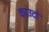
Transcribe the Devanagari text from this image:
काउटो